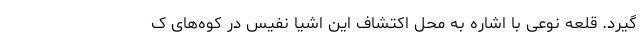
گیرد. قلعه نوعی با اشاره به محل اکتشاف این اشیا نفیس در کوه‌های ک